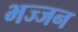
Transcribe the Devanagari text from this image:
भज्जन